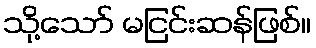
သို့သော် မငြင်းဆန်ဖြစ်။